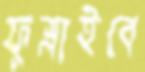
ফুস্‌লাইবে